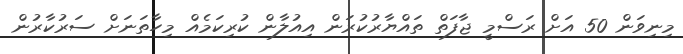
މިނިވަން 50 އަށް ރަސްމީ ޖާފަތް ތައްޔާރުކުރަން އިއުލާން ކުރިކަމެއް މިހާތަނަށް ސަރުކާރުން